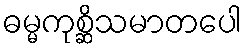
ဓမ္မကုစ္ဆိသမာတပေါ